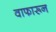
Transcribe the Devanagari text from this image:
वाफारून